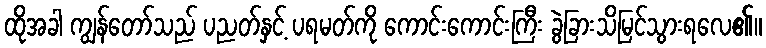
ထိုအခါ ကျွန်တော်သည် ပညတ်နှင့် ပရမတ်ကို ကောင်းကောင်းကြီး ခွဲခြားသိမြင်သွားရလေ၏။